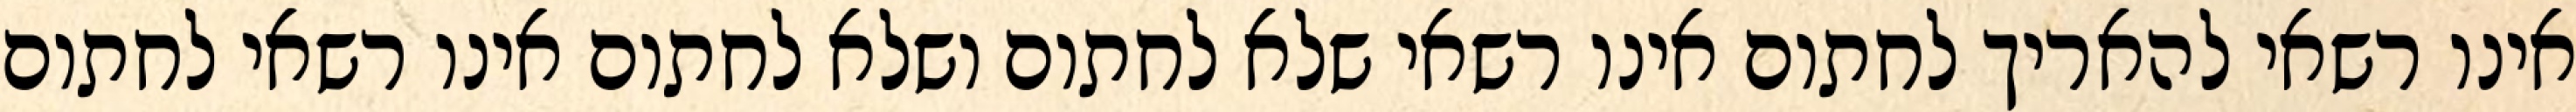
אינו רשאי להאריך לחתום אינו רשאי שלא לחתום ושלא לחתום אינו רשאי לחתום